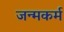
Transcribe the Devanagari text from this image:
जन्मकर्म